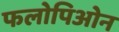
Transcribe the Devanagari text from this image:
फलोपिओन